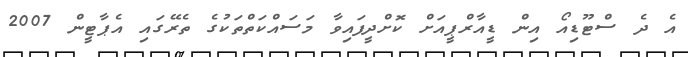
އެ ދެ ސްޓޫޑިއޯ އިން ޑީއާރްޕީއަށް ކޮށްދީފައިވާ މަސައްކަތްތަކުގެ ތެރޭގައި އެޕާޓީން 2007